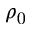
\rho _ { 0 }